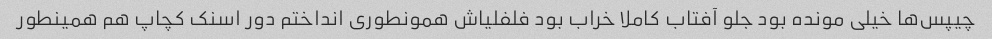
چیپس‌ها خیلی مونده بود جلو آفتاب کاملا خراب بود فلفلیاش همونطوری انداختم دور اسنک کچاپ هم همینطور